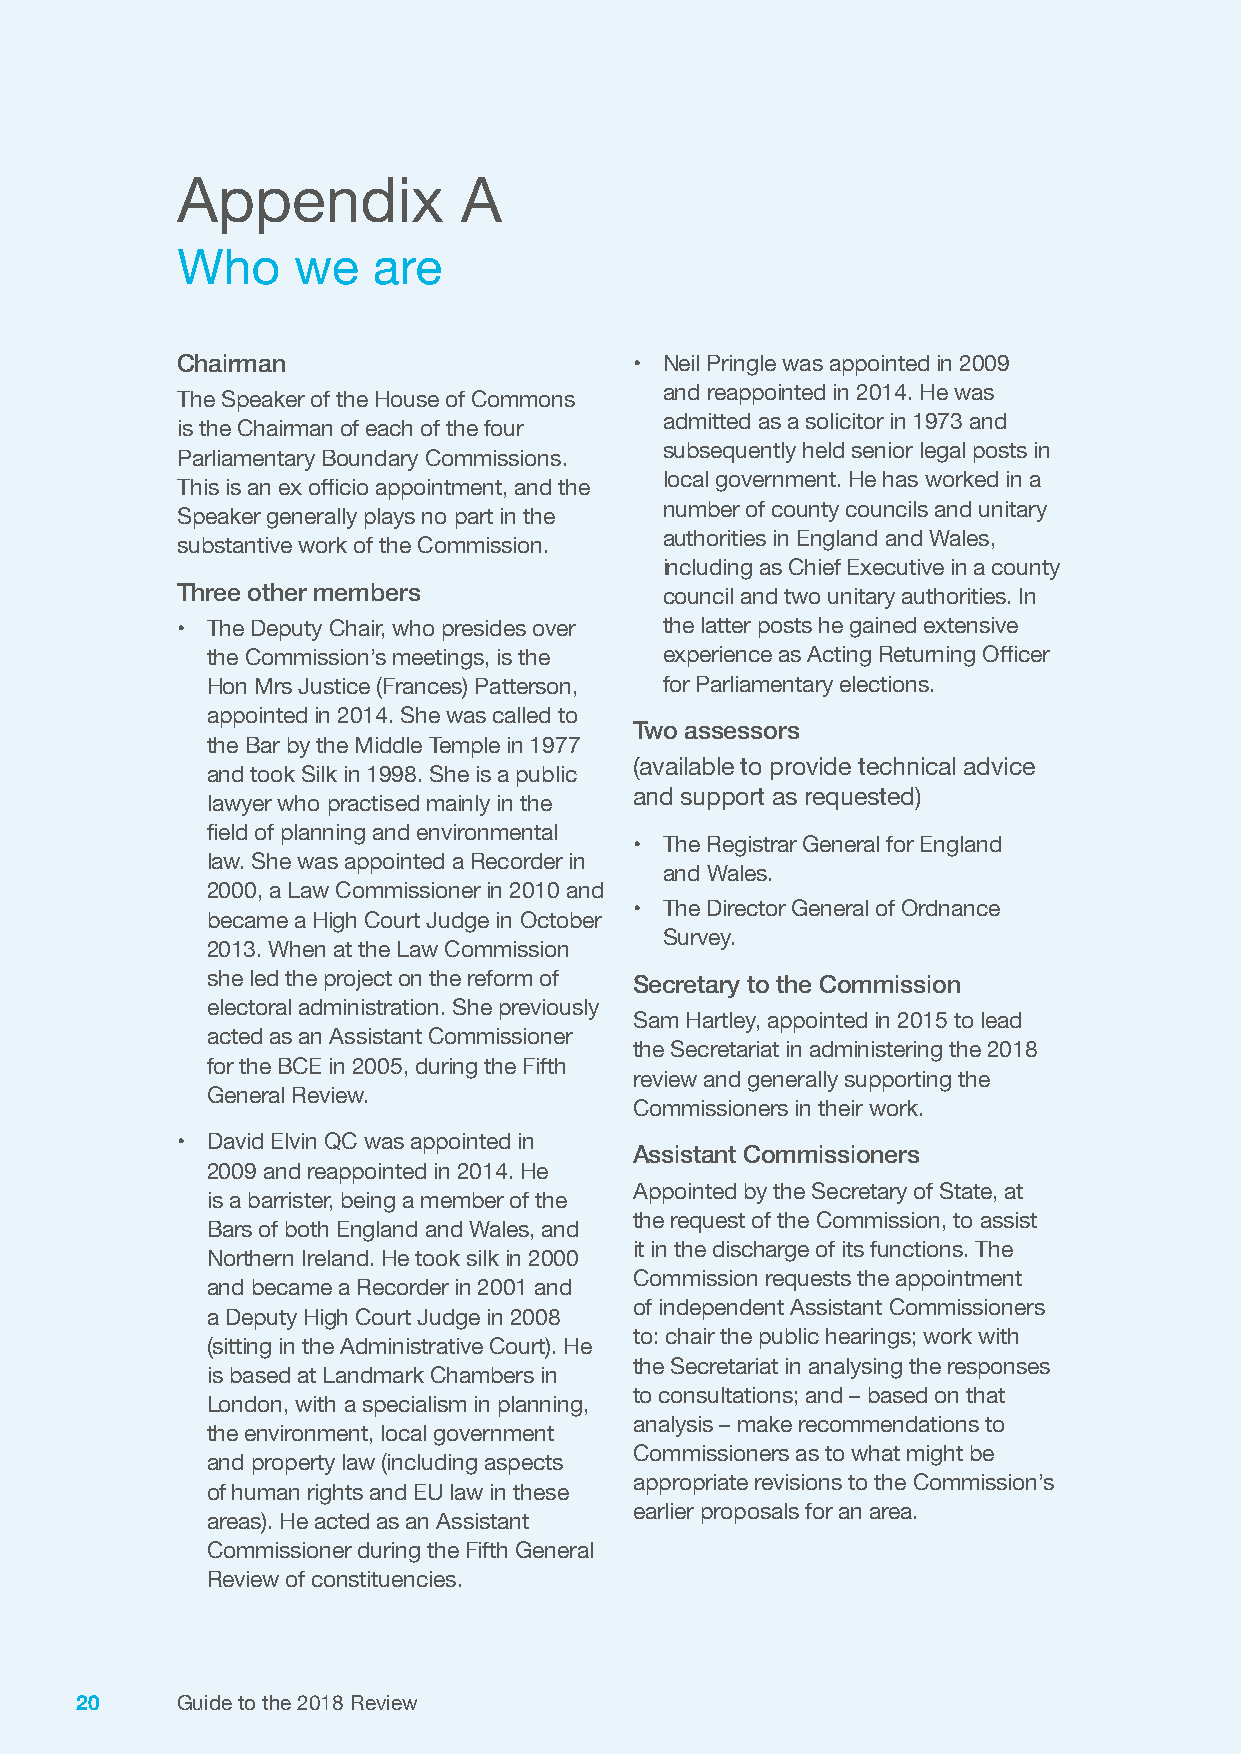
Appendix           A
 Who    we    are
 Chairman                      • Neil Pringle was appointed in 2009
 and reappointed in 2014. He was
 The Speaker of the House of Commons
 admitted as a solicitor in 1973 and
 is the Chairman of each of the four
 subsequently held senior legal posts in
 Parliamentary Boundary Commissions.
 local government. He has worked in a
 This is an ex officio appointment, and the
 number of county councils and unitary
 Speaker generally plays no part in the
 authorities in England and Wales,
 substantive work of the Commission.
 including as Chief Executive in a county
 Three other members
 council and two unitary authorities. In
 • The Deputy Chair, who presides over the latter posts he gained extensive
 the Commission’s meetings, is the experience as Acting Returning Officer
 Hon Mrs Justice (Frances) Patterson, for Parliamentary elections.
 appointed in 2014. She was called to
 Two assessors
 the Bar by the Middle Temple in 1977
 (available to provide technical advice
 and took Silk in 1998. She is a public
 and support as requested)
 lawyer who practised mainly in the
 field of planning and environmental
 • The Registrar General for England
 law. She was appointed a Recorder in
 and Wales.
 2000, a Law Commissioner in 2010 and
 • The Director General of Ordnance
 became a High Court Judge in October
 Survey.
 2013. When at the Law Commission
 she led the project on the reform of Secretary to the Commission
 electoral administration. She previously
 Sam Hartley, appointed in 2015 to lead
 acted as an Assistant Commissioner
 the Secretariat in administering the 2018
 for the BCE in 2005, during the Fifth
 review and generally supporting the
 General Review.
 Commissioners in their work.
 • David Elvin QC was appointed in
 Assistant Commissioners
 2009 and reappointed in 2014. He
 Appointed by the Secretary of State, at
 is a barrister, being a member of the
 the request of the Commission, to assist
 Bars of both England and Wales, and
 it in the discharge of its functions. The
 Northern Ireland. He took silk in 2000
 Commission requests the appointment
 and became a Recorder in 2001 and
 of independent Assistant Commissioners
 a Deputy High Court Judge in 2008
 to: chair the public hearings; work with
 (sitting in the Administrative Court). He
 the Secretariat in analysing the responses
 is based at Landmark Chambers in
 to consultations; and – based on that
 London, with a specialism in planning,
 analysis – make recommendations to
 the environment, local government
 Commissioners as to what might be
 and property law (including aspects
 appropriate revisions to the Commission’s
 of human rights and EU law in these
 earlier proposals for an area.
 areas). He acted as an Assistant
 Commissioner during the Fifth General
 Review of constituencies.
 20     Guide to the 2018 Review